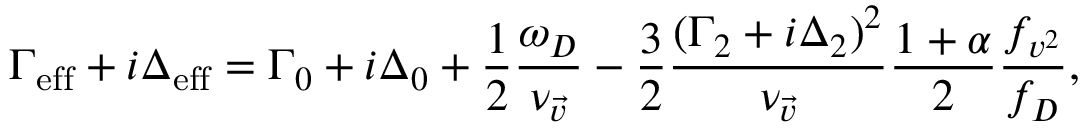
\Gamma _ { \mathrm { e f f } } + i \Delta _ { \mathrm { e f f } } = \Gamma _ { 0 } + i \Delta _ { 0 } + \frac { 1 } { 2 } \frac { \omega _ { D } } { \nu _ { \vec { v } } } - \frac { 3 } { 2 } \frac { ( \Gamma _ { 2 } + i \Delta _ { 2 } ) ^ { 2 } } { \nu _ { \vec { v } } } \frac { 1 + \alpha } { 2 } \frac { f _ { v ^ { 2 } } } { f _ { D } } ,